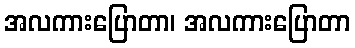
အလကားပြောတာ၊ အလကားပြောတာ